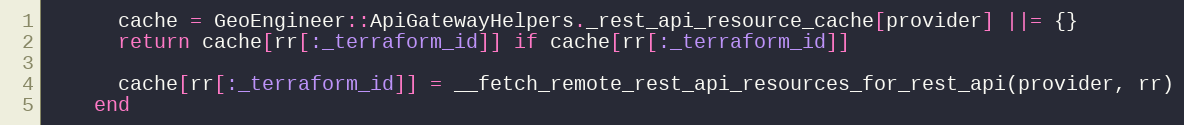
Language: Ruby
      cache = GeoEngineer::ApiGatewayHelpers._rest_api_resource_cache[provider] ||= {}
      return cache[rr[:_terraform_id]] if cache[rr[:_terraform_id]]

      cache[rr[:_terraform_id]] = __fetch_remote_rest_api_resources_for_rest_api(provider, rr)
    end